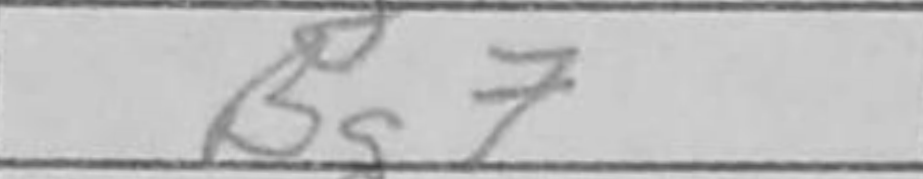
Transcription: Bg7